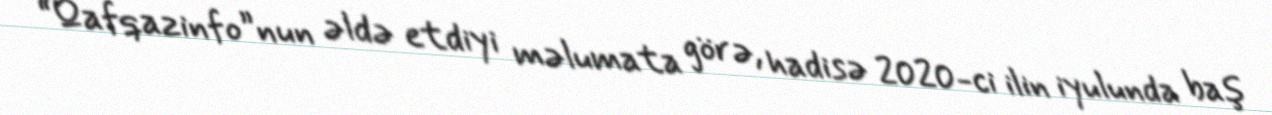
“Qafqazinfo”nun əldə etdiyi məlumata görə, hadisə 2020-ci ilin iyulunda baş